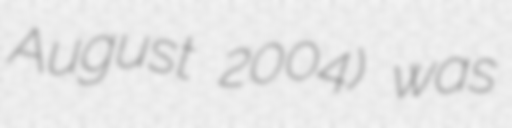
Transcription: August 2004) was